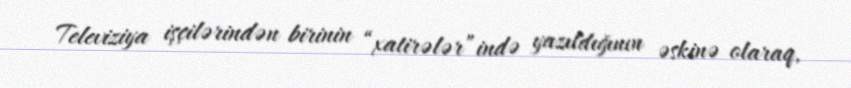
Televiziya işçilərindən birinin “xatirələr”ində yazıldığının əskinə olaraq,